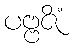
ပဗ္ဗဇိံ